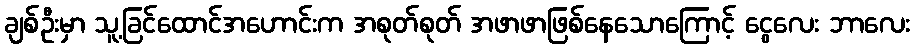
ချစ်ဦးမှာ သူ့ခြင်ထောင်အဟောင်းက အစုတ်စုတ် အဖာဖာဖြစ်နေသောကြောင့် ငွေလေး ဘာလေး